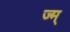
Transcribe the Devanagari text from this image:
ज्म्